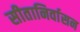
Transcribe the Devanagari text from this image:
सीतानिर्वासन